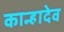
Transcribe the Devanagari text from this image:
कान्हादेव